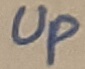
Text: Up